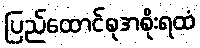
ပြည်ထောင်စုအစိုးရထံ